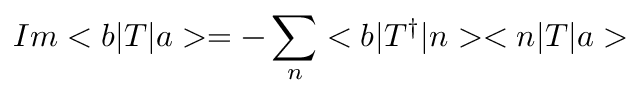
I m < b | T | a > = - \sum _ { n } < b | T ^ { \dagger } | n > < n | T | a >